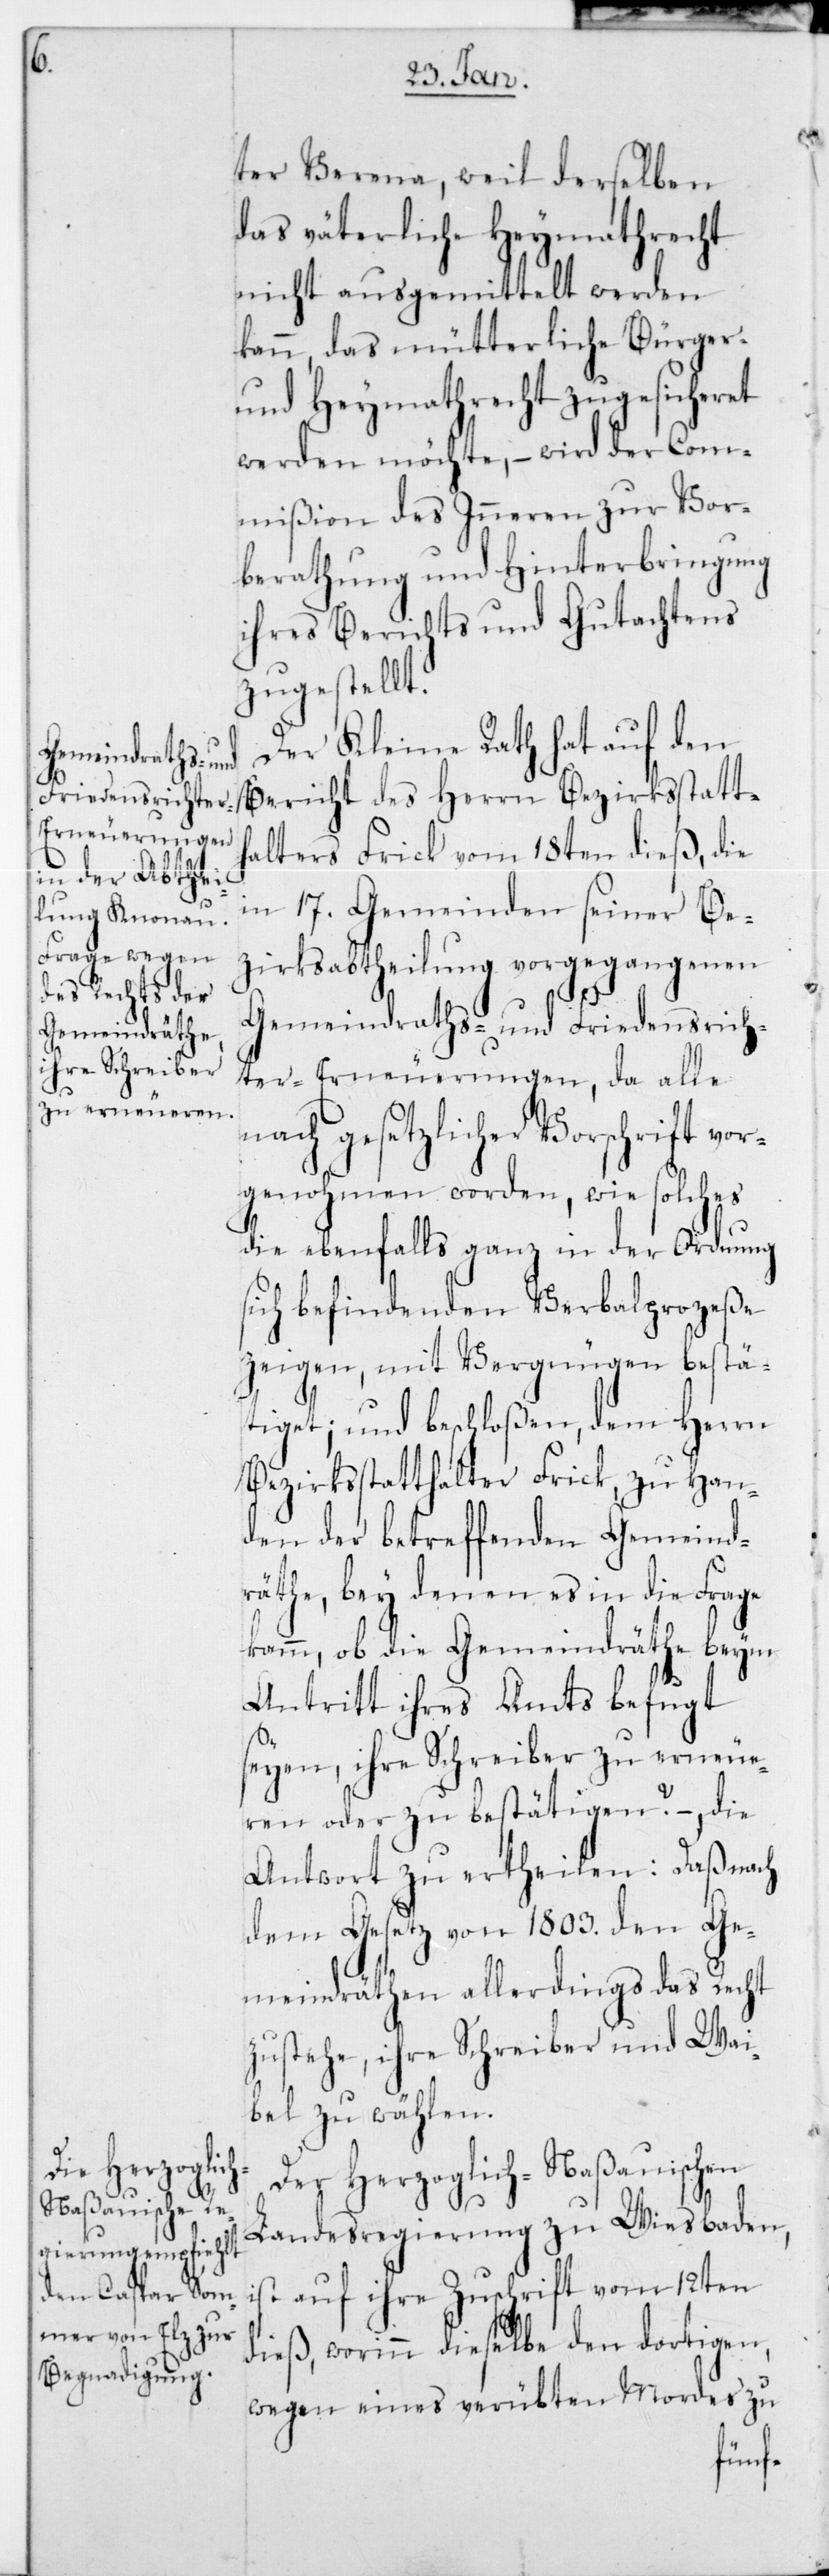
ter Verena, weil derselben
das väterliche Heymathrecht
nicht ausgemittelt werden
kann, das mütterliche Bürger-
und Heymathrecht zugesicheret
werden möchte, – wird der Com¬
mißion des Innern zur Vor¬
beratung und Hinterbringung
ihres Berichts und Gutachtens
zugestellt.
Der Kleine Rath hat auf den
Bericht des Herrn Bezirksstatth¬
alters Frick vom 18ten dieß, die
in 17 Gemeinden seiner Be¬
zirksabtheilung vorgegangenen
Gemeindraths- und Friedensrich¬
ter-Erneuerungen, da alle
nach gesetzlicher Vorschrift vor¬
genommen worden, wie solches
die ebenfalls ganz in der Ordnung
sich befindenden Verbalprozeße
zeigen, mit Vergnügen bestä¬
tiget; und beschloßen, dem Herrn
Bezirksstatthalter Frick, zu Han¬
den der betreffenden Gemeind¬
räthe, bey denen es in die Frage
komm, ob die Gemeindräthe beym
Antritt ihres Amts befugt
seyen, ihre Schreiber zu erneue¬
ren oder zu bestätigen? – die
Antwort zu ertheilen: daß nach
dem Gesetz von 1803 den Ge¬
meindräthen allerdings das Recht
zustehe, ihre Schreiber und Wai¬
bel zu wählen.
Der Herzoglich-Naßauischen
Landesregierung zu Wiesbaden,
ist auf ihre Zuschrift vom 12ten
dieß, worinn dieselbe den dortigen,
wegen eines verübten Mordes zu